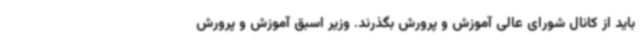
باید از کانال شورای عالی آموزش و پرورش بگذرند. وزیر اسبق آموزش و پرورش